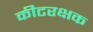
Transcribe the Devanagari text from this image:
कीटरक्षक